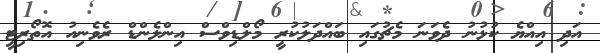
އަދި އިއްޔެ ކުޅުނު ދެވަނަ މެޗުގައި ބައްދަލުކުރީ މޯލްޑިވްސް އިންލެންޑް ރެވެނިއު އޮތޯރިޓީ